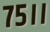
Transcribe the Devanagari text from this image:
७५।।